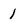
Character: 1